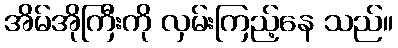
အိမ်အိုကြီးကို လှမ်းကြည့်နေ သည်။